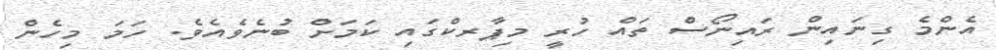
އެންމެ ގިނައިން ރައިނޯސް ތައް ހުރީ މިޕާރކްގައި ކަމަށް ބުނެވެއެވެ. ހަމަ މިހެން